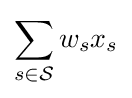
\sum _{s\in {\mathcal {S}}}w_{s}x_{s}